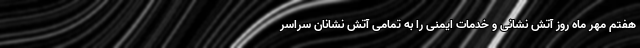
هفتم مهر ماه روز آتش نشانی و خدمات ایمنی را به تمامی آتش نشانان سراسر